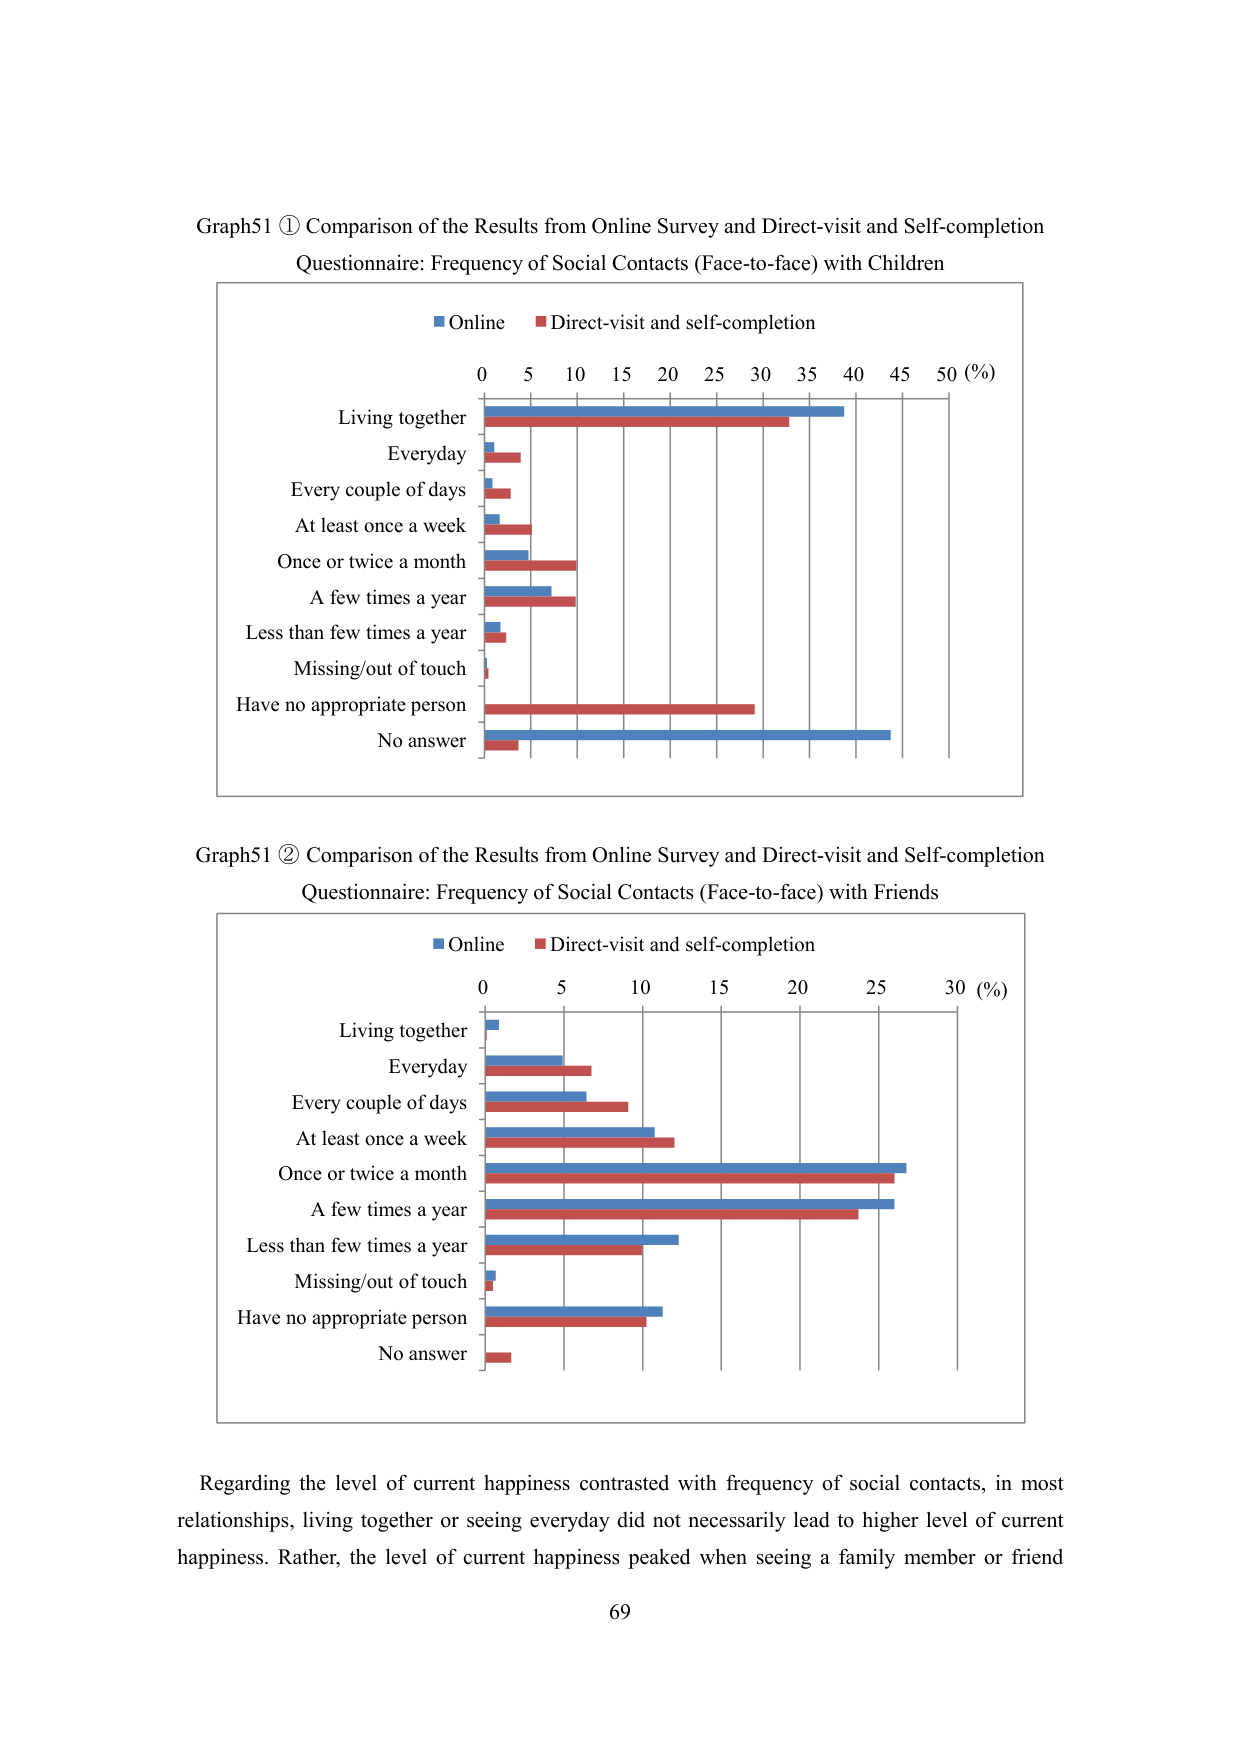
Graph51 ① Comparison of the Results from Online Survey and Direct-visit and Self-completion Questionnaire: Frequency of Social Contacts (Face-to-face) with Children

■ Online ■ Direct-visit and self-completion

0 5 10 15 20 25 30 35 40 45 50 (%)

Living together

Everyday

Every couple of days

At least once a week

Once or twice a month

A few times a year

Less than few times a year

Missing/out of touch

Have no appropriate person

No answer

Graph51 ② Comparison of the Results from Online Survey and Direct-visit and Self-completion Questionnaire: Frequency of Social Contacts (Face-to-face) with Friends

■ Online ■ Direct-visit and self-completion

0 5 10 15 20 25 30 (%)

Living together

Everyday

Every couple of days

At least once a week

Once or twice a month

A few times a year

Less than few times a year

Missing/out of touch

Have no appropriate person

No answer

Regarding the level of current happiness contrasted with frequency of social contacts, in most relationships, living together or seeing everyday did not necessarily lead to higher level of current happiness. Rather, the level of current happiness peaked when seeing a family member or friend

69